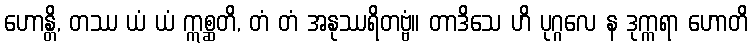
ဟောန္တိ, တဿ ယံ ယံ ဣစ္ဆတိ, တံ တံ အနုဿရိတဗ္ဗံ။ တာဒိသေ ဟိ ပုဂ္ဂလေ န ဒုက္ကရာ ဟောတိ